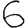
Digit: 6